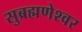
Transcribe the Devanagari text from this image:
सुब्रह्मणेश्वर